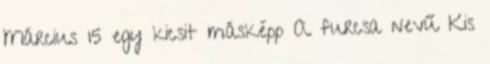
Március 15 egy kicsit másképp A furcsa nevű Kis